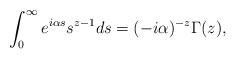
\begin{align*}\int_0^\infty e^{i\alpha s}s^{z-1}ds=(-i\alpha)^{-z}\Gamma(z),\end{align*}